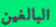
البالغين